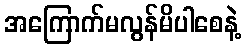
အကြောက်မလွန်မိပါစေနဲ့